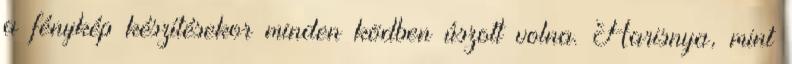
a fénykép készítésekor minden ködben úszott volna. Harisnya, mint